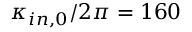
\kappa _ { i n , 0 } / 2 \pi = 1 6 0